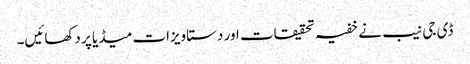
ڈی جی نیب نے خفیہ تحقیقات اور دستاویزات میڈیا پر دکھائیں۔